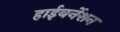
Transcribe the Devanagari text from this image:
हाईबर्नेशन